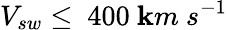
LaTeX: V_{sw}\leq~400~\mathbf{k}m~s^{-1}